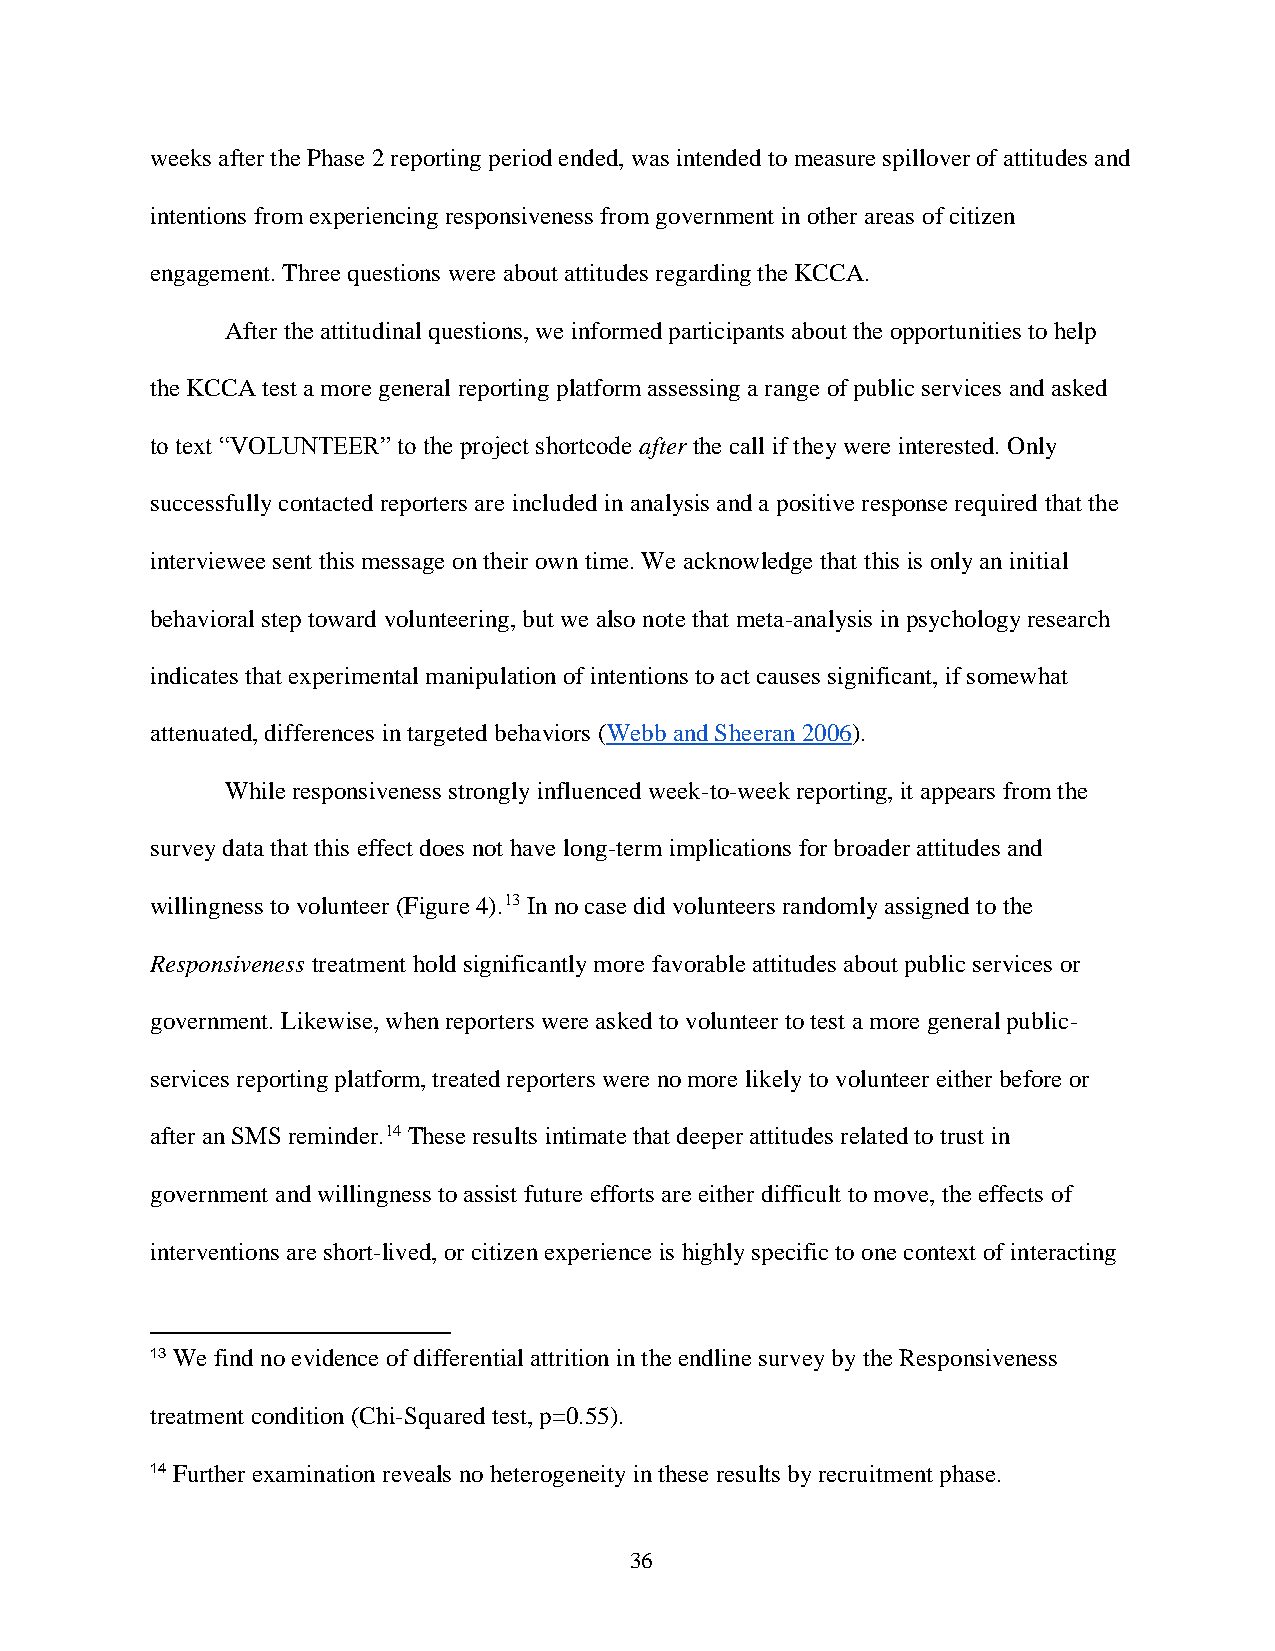
weeks after the Phase 2 reporting period ended, was intended to measure spillover of attitudes and
 intentions from experiencing responsiveness from government in other areas of citizen
 engagement. Three questions were about attitudes regarding the KCCA.
 After the attitudinal questions, we informed participants about the opportunities to help
 the KCCA test a more general reporting platform assessing a range of public services and asked
 to text “VOLUNTEER” to the project shortcode after the call if they were interested. Only
 successfully contacted reporters are included in analysis and a positive response required that the
 interviewee sent this message on their own time. We acknowledge that this is only an initial
 behavioral step toward volunteering, but we also note that meta-analysis in psychology research
 indicates that experimental manipulation of intentions to act causes significant, if somewhat
 attenuated, differences in targeted behaviors (Webb and Sheeran 2006).
 While responsiveness strongly influenced week-to-week reporting, it appears from the
 survey data that this effect does not have long-term implications for broader attitudes and
 willingness to volunteer (Figure 4).13 In no case did volunteers randomly assigned to the
 Responsiveness treatment hold significantly more favorable attitudes about public services or
 government. Likewise, when reporters were asked to volunteer to test a more general public-
 services reporting platform, treated reporters were no more likely to volunteer either before or
 after an SMS reminder.14 These results intimate that deeper attitudes related to trust in
 government and willingness to assist future efforts are either difficult to move, the effects of
 interventions are short-lived, or citizen experience is highly specific to one context of interacting
 13 We find no evidence of differential attrition in the endline survey by the Responsiveness
 treatment condition (Chi-Squared test, p=0.55).
 14 Further examination reveals no heterogeneity in these results by recruitment phase.
 36